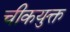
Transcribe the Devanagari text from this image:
चीकयुक्त